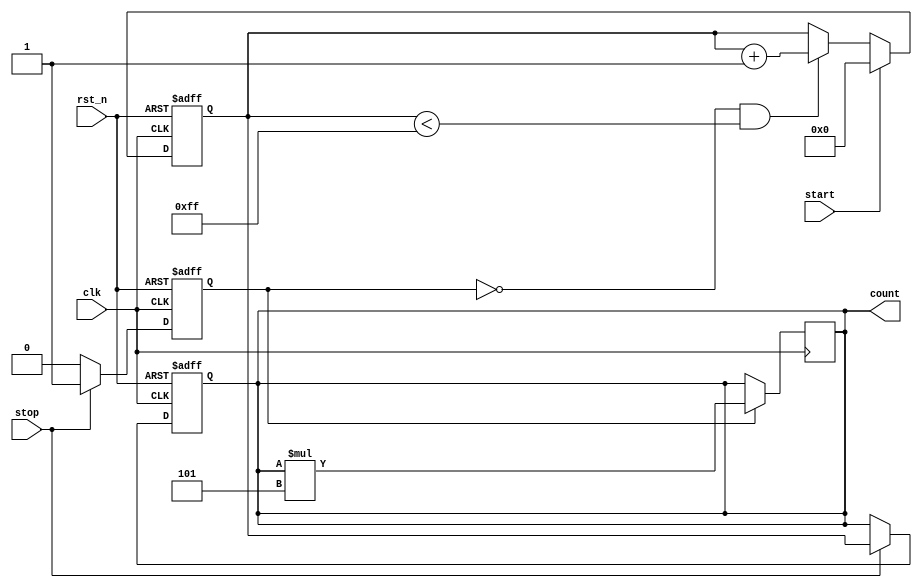
module TDC (
    input wire clk,           // System Clock
    input wire rst_n,        // Active low reset
    input wire start,        // START signal
    input wire stop,         // STOP signal
    output reg [15:0] count   // Measured time interval output
);

    // Parameters for delay line settings
    parameter NUM_DELAY_LINES = 8; // Number of delay lines
    parameter DELAY_INCREMENT = 5;   // Delay increment for each line (in ns)

    // Delay lines (using registers to simulate delay)
    reg [NUM_DELAY_LINES-1:0] delay_lines;
    
    // Digital Counter
    reg [15:0] counter;
    reg sampling;

    // Initialize the counter and delay lines
    always @(posedge clk or negedge rst_n) begin
        if (!rst_n) begin
            count <= 16'b0;
            counter <= 16'b0;
            delay_lines <= 0;
            sampling <= 0;
        end else begin
            // On START signal, begin counting
            if (start) begin
                counter <= 16'b0; // Reset counter on START
            end else if (!sampling && counter < (1 << NUM_DELAY_LINES) - 1) begin
                counter <= counter + 1; // Increment counter
            end
            
            // On STOP signal, sample the delay lines and capture the counter value
            if (stop) begin
                sampling <= 1;
                count <= counter; // Capture counter value
                delay_lines <= {delay_lines[NUM_DELAY_LINES-2:0], 1'b1}; // Example delay line update
            end else begin
                sampling <= 0; // Reset sampling flag
            end
        end
    end

    // Output the time measurement based on the counter value and delay increments
    always @(posedge clk) begin
        if (sampling) begin
            // Process the captured counter value to calculate time interval
            // For simplicity, we can just scale the counter value by the delay increment
            // You can also add calibration logic here if needed
            count <= count * DELAY_INCREMENT;
        end
    end

endmodule